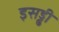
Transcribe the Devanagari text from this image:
इसड्ढी